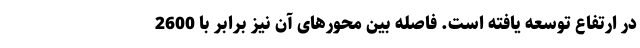
در ارتفاع توسعه یافته است. فاصله بین محورهای آن نیز برابر با 2600